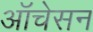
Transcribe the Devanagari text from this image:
ऑचेसन